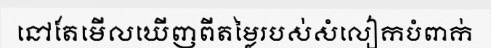
នៅតែមើលឃើញពីតម្លៃរបស់សំលៀកបំពាក់